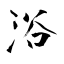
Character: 浴